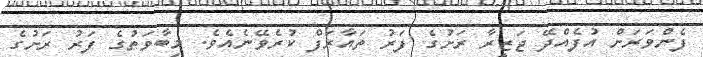
ފެންވަރަށް އުފެއްދޭ ޖަޒީރާ ރަށުގެ ފަރު ތައާރަފް ކުރެވޭނެއެވެ. މިބާވަތުގެ ފަރު ރަށުގެ